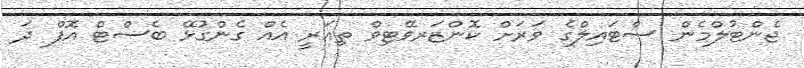
ޖެންޓުލްމެން ސްޓައިލްގެ ވަރަށް ކޮންޒަރވޭޓިވް ތިއަރީ އެއް ގެންގުޅޭ ބެސްޓް އޮފް ދަ